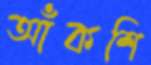
আঁকশি